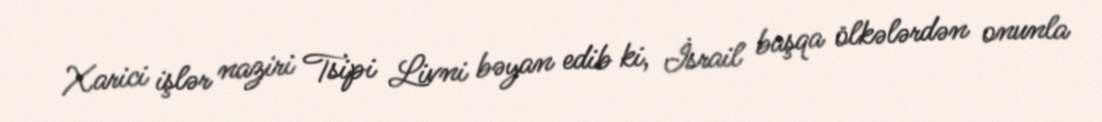
Xarici işlər naziri Tsipi Livni bəyan edib ki, İsrail başqa ölkələrdən onunla